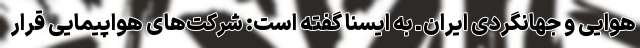
هوایی و جهانگردی ایران ـ به ایسنا گفته است: شرکت‌های هواپیمایی قرار